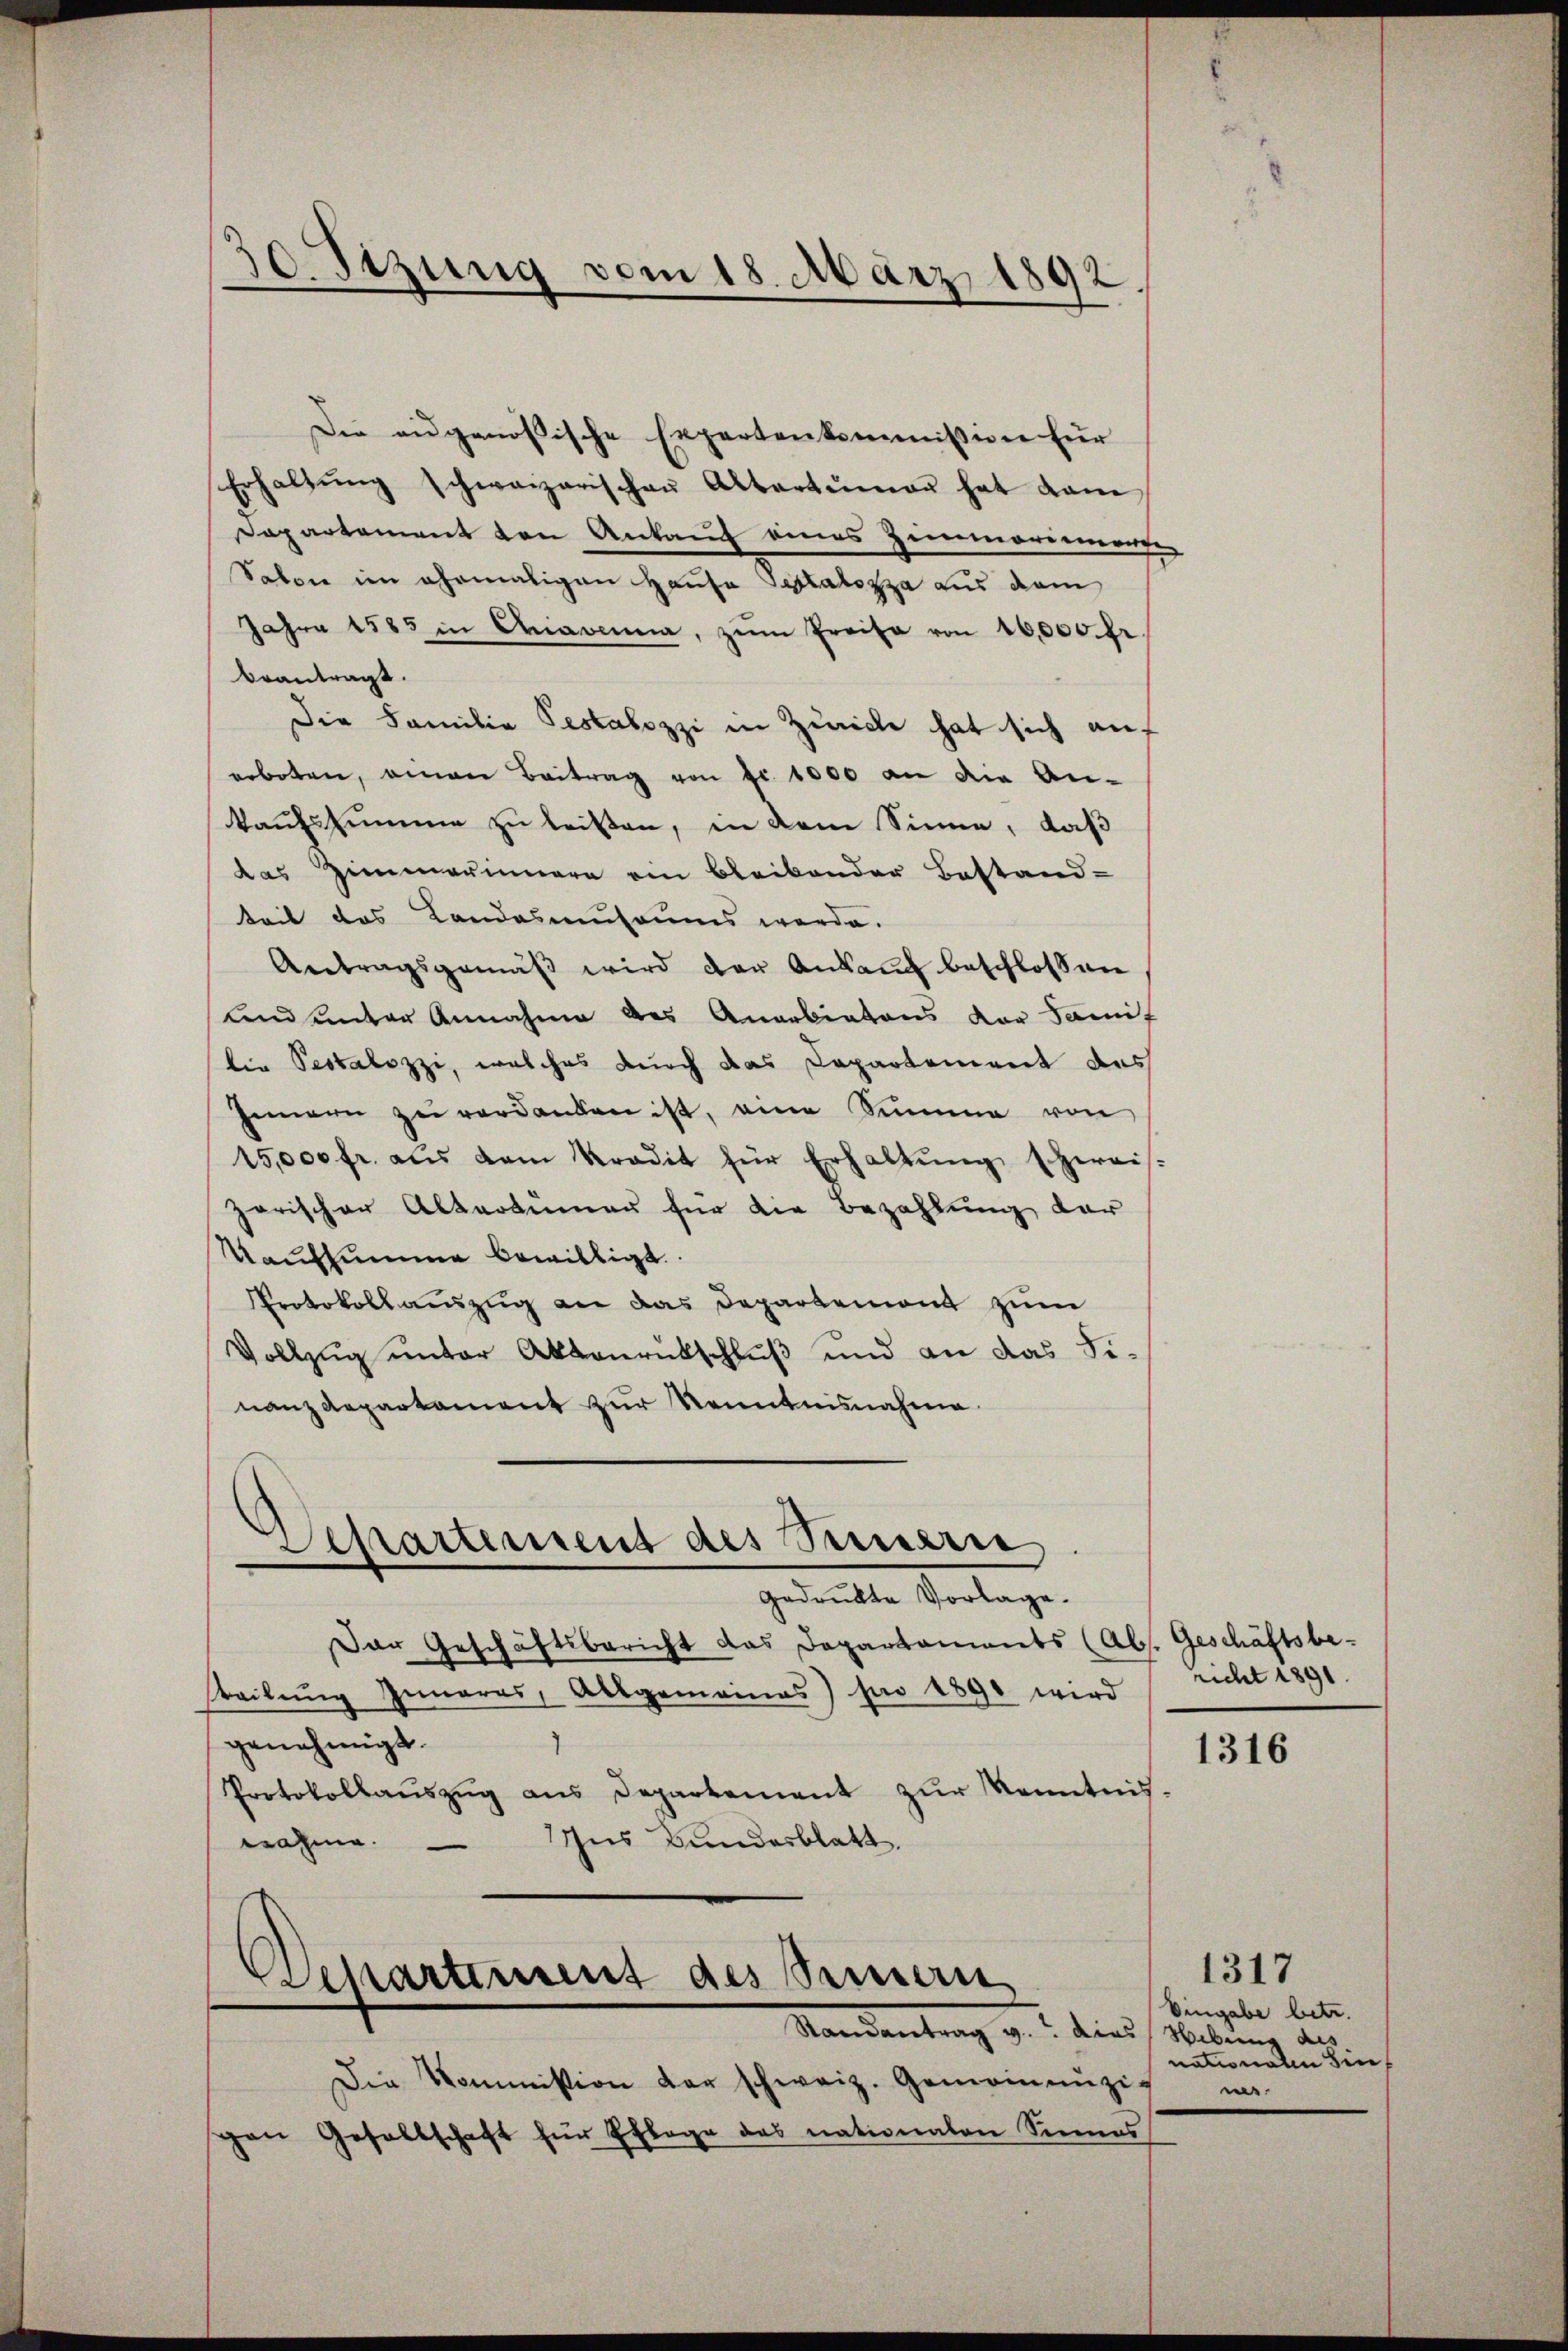
Die eidgenößische Expertenkommission für
Erhaltŭng schweizerischen Altertümer hat dam
Dapartement den Ankauf eines Zimmerienorte
Salon im ehemaligen Hause Septalozza aus dem
Jahre 1885 in Charina, zum Preise von 16,000 fr
beantragt.
Die Familie Testalozzi in Zürich hat sich auf
erboten, einen Beitrag von Fr. 1000 an die An-
kaufssumme zu leisten, in dem Sinne, daß
das Zimmerinnern ein bleibender Bestand-
teit das Landasmusaums werde.
Antragsgemäß wird der Ankauf beschlossen
und unter Annahme des Anerbietens der Samit
tin Pestalozzi, welches durch das Capartement des
Innern zŭ verdanken ist, eine Summe von
15,000 fr. aus dem radit für Erhaltŭng zweis-
zarischer Altertümer für die Bezahlung der
Taufsumme bewilligt.
Protokollauszug an das Departemont zum
Vollzug unter Aktenrückschluß und an das Finanzdepartament zur Kenntnisnahme

50 Stzung vom 18. März 1892.

Departement des Steuern.
gedruckte Vorlage.

Der Geschäftsbericht das Departaments (Abs. Geschäftsbe-
teilung Iunaras, Allgemeines) hin 1890 wird
genehmigt.
Protokollaŭszŭg ans Departement zŭr Kenntnis.
Ins Bundesblatt.
nahme.
—

velkartement des Semmern

Mandantrag v. 1. dies stellung des

Die Kommission der schweiz. Gemeinenzigen Gesellschaft für Pflege des nationalen Sinnes

richt 1891.
1316

1317
Eingabe betr.
nationalen Sin
n